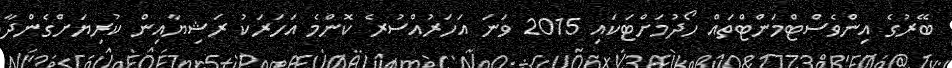
ބޭރުގެ އިންވެސްޓްމަންޓްތައް ހޯދުމަށްޓަކައި 2015 ވަނަ އަހަރުއްސުރެ ކޮންމެ އަހަރަކު ރަޝިޔާއިން ކުރިޔަށްގެންދާ